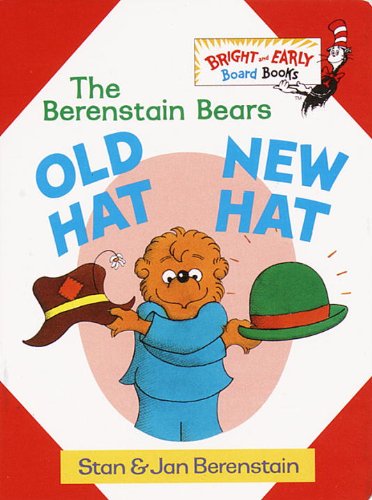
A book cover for Old Hat New Hat (Bright & Early Board Books(TM)); Stan Berenstain; Children's Books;